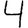
Digit: 4